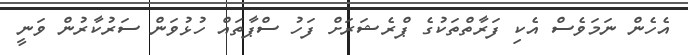
އެހެން ނަމަވެސް އެކި ފަރާތްތަކުގެ ޕްރެޝަރަށް ފަހު ސްޕާތައް ހުޅުވަން ސަރުކާރުން ވަނީ